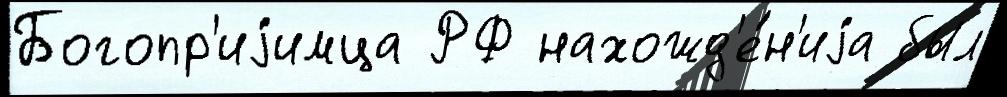
Богопр'иjимца РФ нахожд'е́н'иjа был